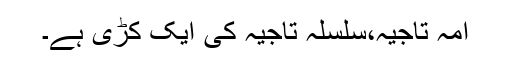
امہ تاجیہ،سلسلہ تاجیہ کی ایک کڑی ہے۔